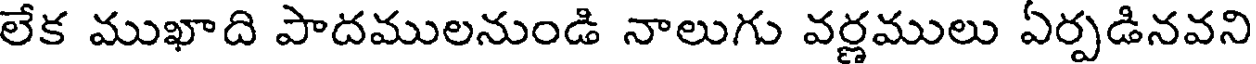
లేక ముఖాది పాదములనుండి నాలుగు వర్ణములు ఏర్పడినవని